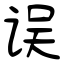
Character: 误